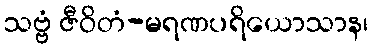
သဗ္ဗံ ဇီဝိတံ-မရဏပရိယောသာန၊